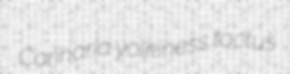
Carinaria yolkiness tactus